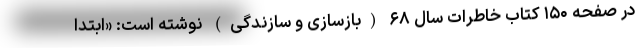
در صفحه ۱۵۰ کتاب خاطرات سال ۶۸ (بازسازی و سازندگی) نوشته است: «ابتدا